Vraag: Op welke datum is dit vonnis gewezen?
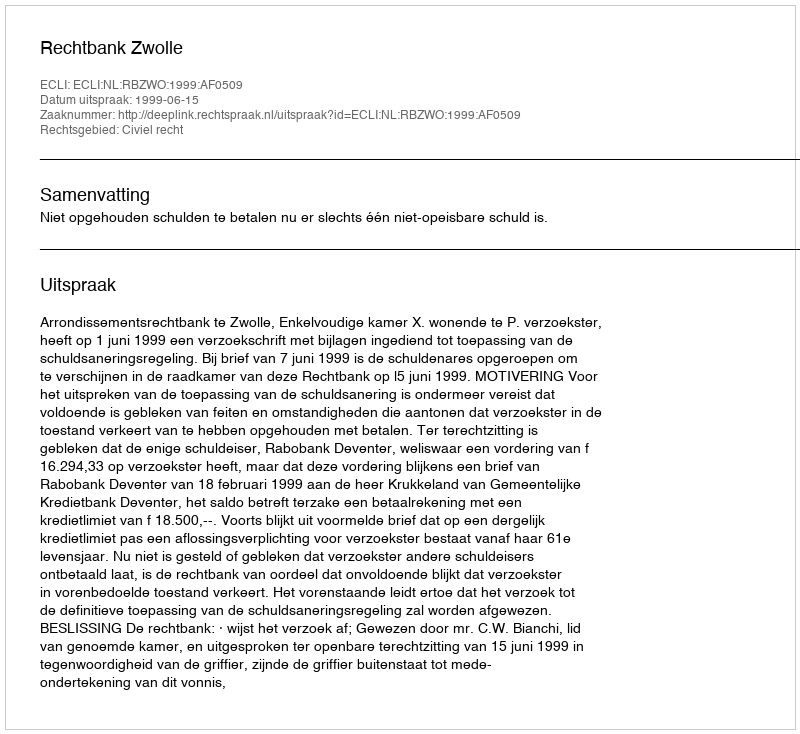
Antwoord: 1999-06-15